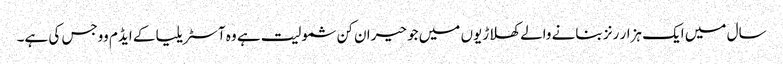
سال میں ایک ہزار رنز بنانے والے کھلاڑیوں میں جو حیران کن شمولیت ہے وہ آسٹریلیا کے ایڈم ووجس کی ہے۔